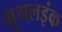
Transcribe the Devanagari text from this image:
गूगलइंक